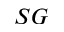
_ { S G }